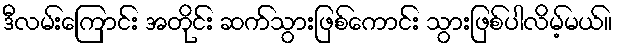
ဒီလမ်းကြောင်း အတိုင်း ဆက်သွားဖြစ်ကောင်း သွားဖြစ်ပါလိမ့်မယ်။